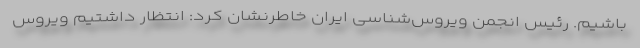
باشیم. رئیس انجمن ویروس‌شناسی ایران خاطرنشان کرد: انتظار داشتیم ویروس